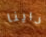
داينا